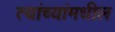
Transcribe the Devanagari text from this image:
त्यांच्यांमधील